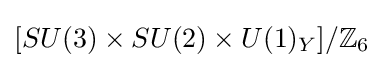
[SU(3)\times SU(2)\times U(1)_{Y}]/\mathbb {Z} _{6}